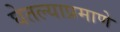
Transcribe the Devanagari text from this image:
घेतल्याप्रमाणे